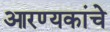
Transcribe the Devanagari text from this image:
आरण्यकांचे